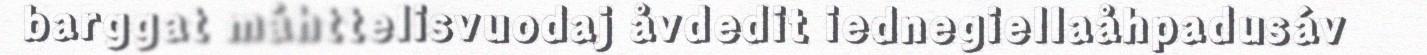
barggat máhttelisvuodaj åvdedit iednegiellaåhpadusáv